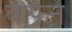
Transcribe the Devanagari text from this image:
बफिन